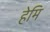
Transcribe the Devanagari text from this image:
हेमि